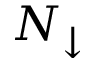
N _ { \downarrow }